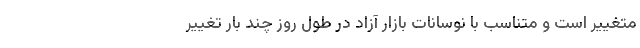
متغییر است و متناسب با نوسانات بازار آزاد در طول روز چند بار تغییر